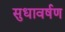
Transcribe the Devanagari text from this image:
सुधावर्षण